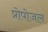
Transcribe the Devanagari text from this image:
प्रोपोजल